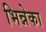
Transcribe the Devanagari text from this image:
भिन्नेका